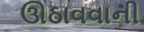
ઊઠાવવાની